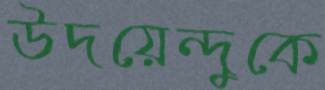
উদয়েন্দুকে